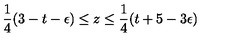
\frac { 1 } { 4 } ( 3 - t - \epsilon ) \leq z \leq \frac { 1 } { 4 } ( t + 5 - 3 \epsilon )